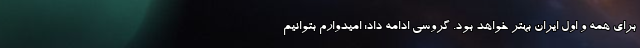
برای همه و اول ایران بهتر خواهد بود. گروسی ادامه داد: امیدوارم بتوانیم